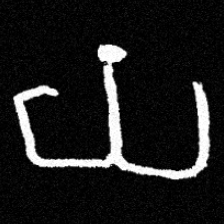
Pyu character \u2014 Myanmar letter: ယ (romanized: ya)